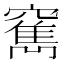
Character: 𥨣